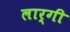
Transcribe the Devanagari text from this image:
लार्गी